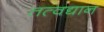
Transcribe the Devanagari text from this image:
तत्वद्यान